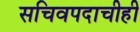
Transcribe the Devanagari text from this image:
सचिवपदाचीही